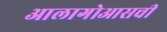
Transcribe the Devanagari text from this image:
आलागोआसची